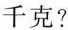
千克?